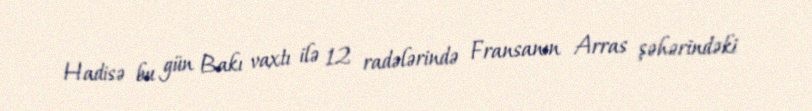
Hadisə bu gün Bakı vaxtı ilə 12 radələrində Fransanın Arras şəhərindəki